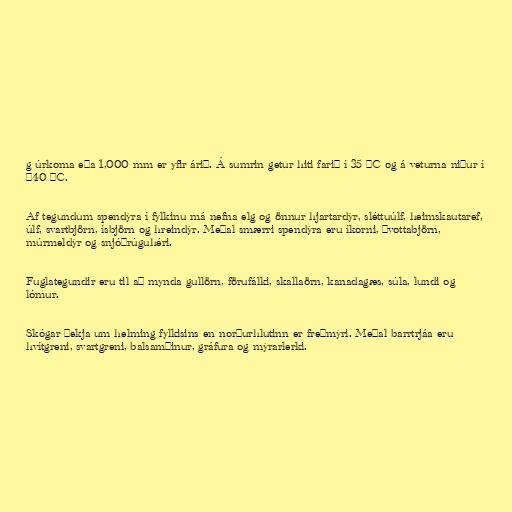
g úrkoma eða 1,000 mm er yfir árið. Á sumrin getur hiti farið í 35 °C og á veturna niður í
−40 °C.

Af tegundum spendýra í fylkinu má nefna elg og önnur hjartardýr, sléttuúlf, heimskautaref,
úlf, svartbjörn, ísbjörn og hreindýr. Meðal smærri spendýra eru íkorni, þvottabjörn,
múrmeldýr og snjóþrúguhéri.

Fuglategundir eru til að mynda gullörn, förufálki, skallaörn, kanadagæs, súla, lundi og
lómur.

Skógar þekja um helming fylkisins en norðurhlutinn er freðmýri. Meðal barrtrjáa eru
hvítgreni, svartgreni, balsamþinur, gráfura og mýrarlerki.